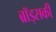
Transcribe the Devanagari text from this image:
ब्रॉड्सकी